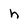
Character: h